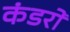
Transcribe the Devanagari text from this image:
कंडरों